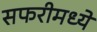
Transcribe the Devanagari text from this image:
सफरीमध्ये